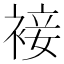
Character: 𧚪